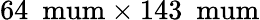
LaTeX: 64~\mathrm{{\ mum}\times 143~\mathrm{{\ mum}}}